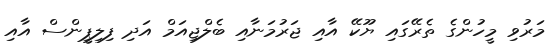
މަރުވި މީހުންގެ ތެރޭގައި ޔޫކޭ އާއި ޖަރުމަނާއި ބެލްޖިއަމް އަދި ފިލިޕީންސް އާއި